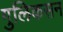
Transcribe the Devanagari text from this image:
गुलिकसन